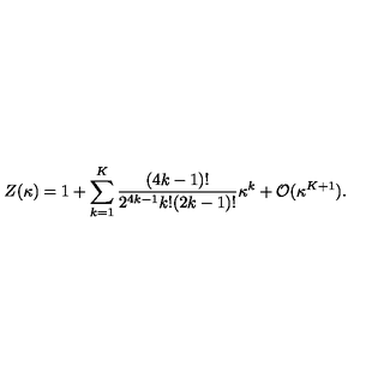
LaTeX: Z ( \kappa ) = 1 + \sum _ { k = 1 } ^ { K } { \frac { ( 4 k - 1 ) ! } { 2 ^ { 4 k - 1 } k ! ( 2 k - 1 ) ! } } \kappa ^ { k } + { \cal O } ( \kappa ^ { K + 1 } ) .